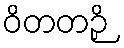
ဝိတတဉှိ